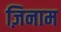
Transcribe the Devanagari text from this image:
ज़िनाम